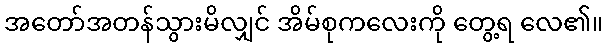
အတော်အတန်သွားမိလျှင် အိမ်စုကလေးကို တွေ့ရ လေ၏။